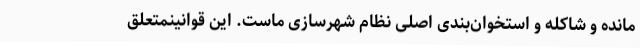
مانده و شاکله و استخوان‌بندی اصلی نظام شهرسازی ماست. این قوانینمتعلق